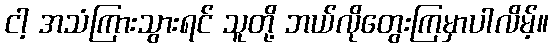
ငါ့ အသံကြားသွားရင် သူတို့ ဘယ်လိုတွေးကြမှာပါလိမ့်။